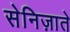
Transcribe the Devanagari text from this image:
सेनिज़ाते